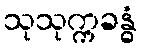
သုသုက္ကခန္ဓံ